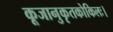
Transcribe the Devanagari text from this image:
कूजानुकृतकोकिलः।